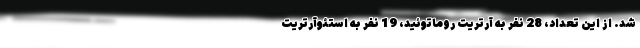
شد. از این تعداد، 28 نفر به آرتریت روماتوئید، 19 نفر به استئوآرتریت